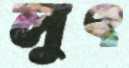
লুৎ